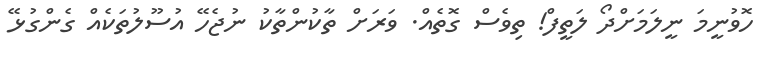
ހޮވުނީމަ ނީލަމަށްދޯ ލަތީފް! ތިވެސް ގޮތެއް. ވަރަށް ތާކުންތާކު ނުޖެހޭ އުސޫލުތަކެއް ގެންގުޅޭ